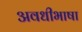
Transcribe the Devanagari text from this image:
अवधीभाषा